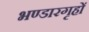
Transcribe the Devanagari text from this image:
भण्डारगृहों